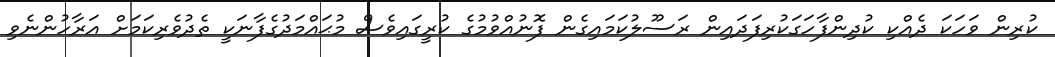
ކުރިން ވަހަކަ ދެއްކި ކުދިންފާހަގަކުރިފަދައިން ރަސޫލުކަމައިގެން ފޮނުއްވުމުގެ ކުރީގައިވެސް މުޙައްމަދުގެފާނަކީ ތެދުވެރިކަމަށް އަރާހުންނެވި